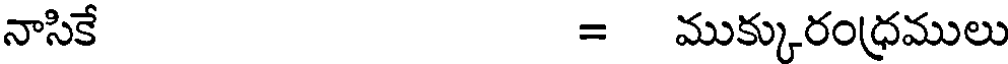
నాసికే = ముక్కురంధ్రములు